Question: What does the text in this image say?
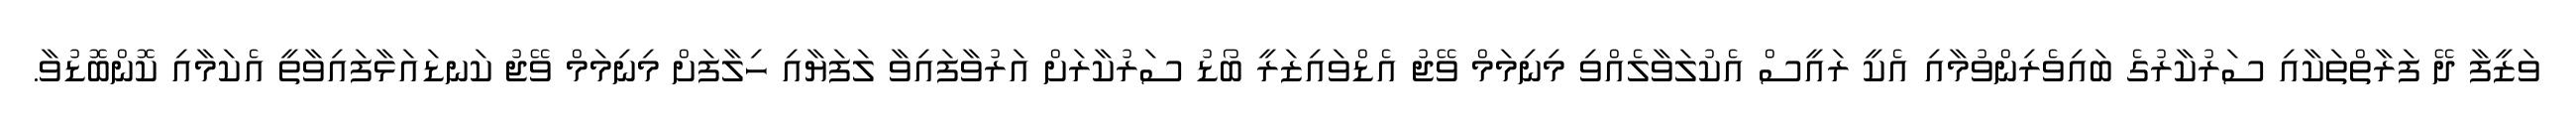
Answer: ވަޒީފާ ދޭ ފަރާތްތަކާއި ސަރުކާރުގެ ބައިވެރިންވުމާއި އެކީ ރައީސް އެކުލަވާލެއްވި މިނިމަމް ވޭޖު އެޑްވައިޒަރީ ބޯޑު ސަރުކާރަށް އަރުވާފައިވާ ލަފަޔާއި ހިލާފަށް މިނިމަމް ވޭޖު ކަނޑައަޅާފައިވާތީ އެކަމާއި ކޮންބޮޑުވާ.